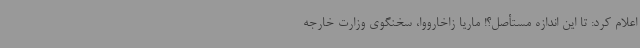
اعلام کرد: تا این اندازه مستأصل؟! ماریا زاخارووا، سخنگوی وزارت خارجه